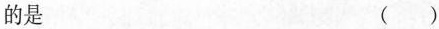
的是 （ ）